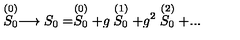
\stackrel { ( 0 ) } { S _ { 0 } } \longrightarrow S _ { 0 } = \stackrel { ( 0 ) } { S _ { 0 } } + g \stackrel { ( 1 ) } { S _ { 0 } } + g ^ { 2 } \stackrel { ( 2 ) } { S _ { 0 } } + . . .